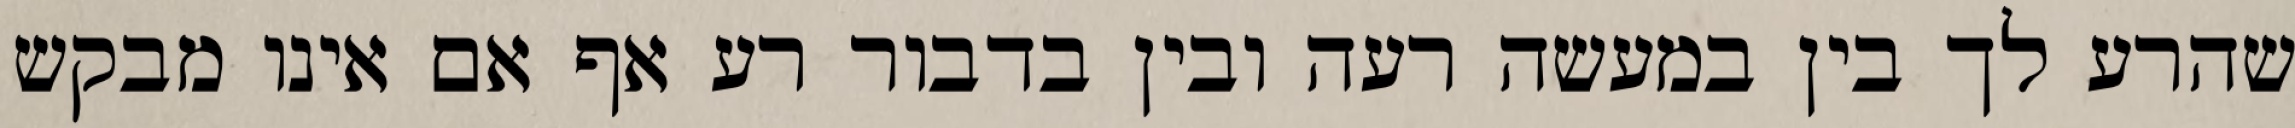
שהרע לך בין במעשה רעה ובין בדבור רע אף אם אינו מבקש